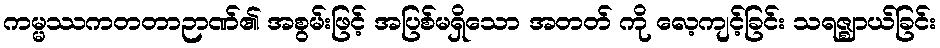
ကမ္မဿကတတာဉာဏ်၏ အစွမ်းဖြင့် အပြစ်မရှိသော အတတ် ကို လေ့ကျင့်ခြင်း သရဇ္ဈာယ်ခြင်း